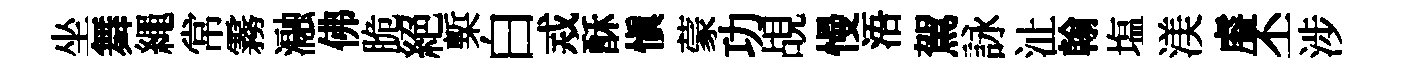
坐舞繩常霧瀜佛脆絕槧白𢦶酥愼蒙功覘慢浯駕詠沚翰塩渼𥈠丕涉